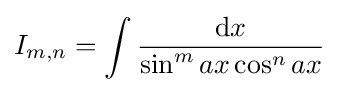
I_{m,n}=\int {\frac {{\text{d}}x}{\sin ^{m}{ax}\cos ^{n}{ax}}}\,\!